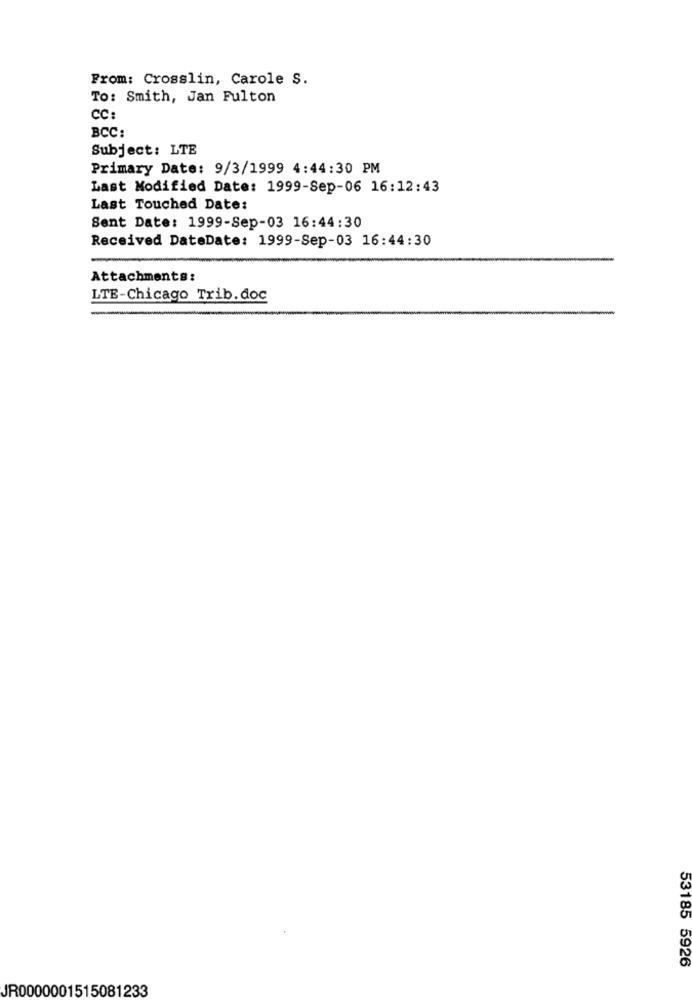
From: Crosslin, Carole S.
To: Smith, Jan Fulton
CC:
BCC:
Subject: LTE
Primary Date: 9/3/1999 4:44:30 PM
Last Modified Date: 1999-Sep-06 16:12:43
Last Touched Date:
Sent Date: 1999-Sep-03 16:44:30
Received DateDate: 1999-Sep-03 16:44:30
Attachments:
LTE-Chicago Trib. doc
53185 5926
JR0000001515081233